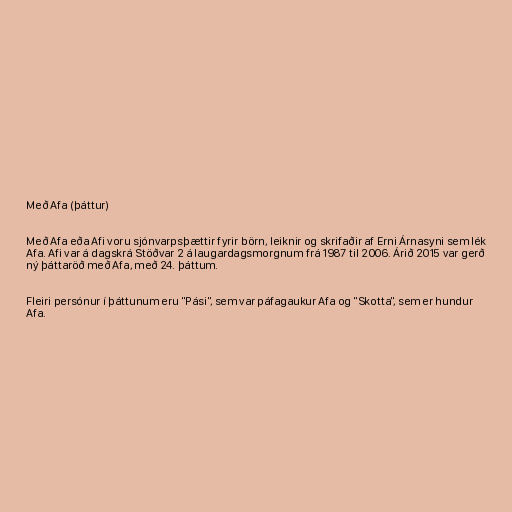
Með Afa (þáttur)

Með Afa eða Afi voru sjónvarpsþættir fyrir börn, leiknir og skrifaðir af Erni Árnasyni sem lék
Afa. Afi var á dagskrá Stöðvar 2 á laugardagsmorgnum frá 1987 til 2006. Árið 2015 var gerð
ný þáttaröð með Afa, með 24. þáttum.

Fleiri persónur í þáttunum eru "Pási", sem var páfagaukur Afa og "Skotta", sem er hundur
Afa.